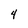
Character: 4